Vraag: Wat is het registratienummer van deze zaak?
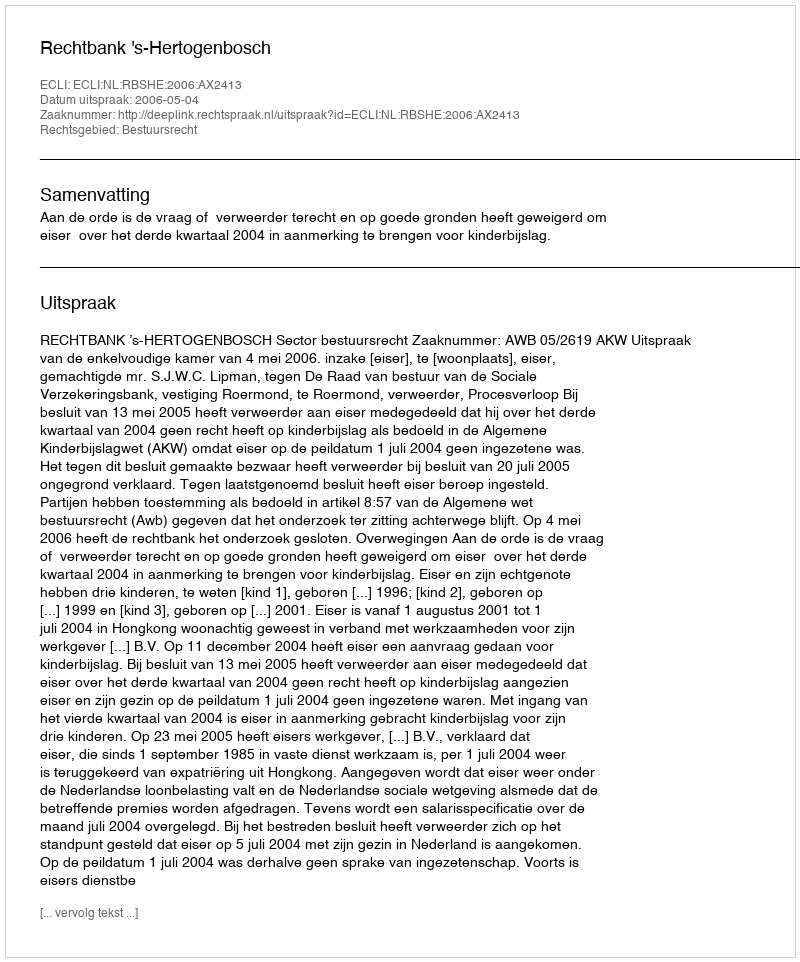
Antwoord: http://deeplink.rechtspraak.nl/uitspraak?id=ECLI:NL:RBSHE:2006:AX2413